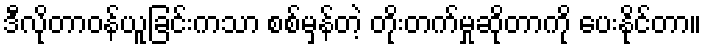
ဒီလိုတာဝန်ယူခြင်းကသာ စစ်မှန်တဲ့ တိုးတက်မှုဆိုတာကို ပေးနိုင်တာ။